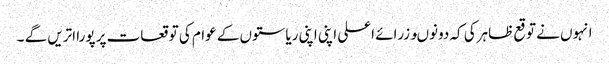
انہوں نے توقع ظاہرکی کہ دونوںوزرائے اعلی اپنی اپنی ریاستوں کے عوام کی توقعات پر پورا اتریں گے ۔